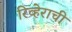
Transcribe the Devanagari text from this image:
रिव्हेराची